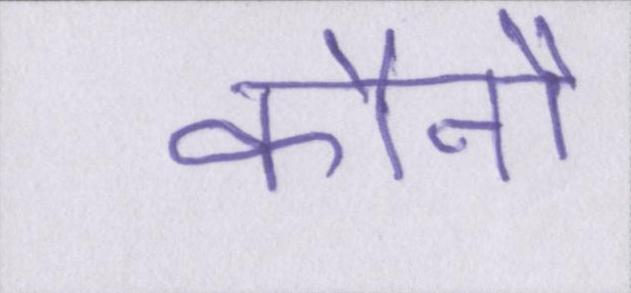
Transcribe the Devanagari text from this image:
कौनौ